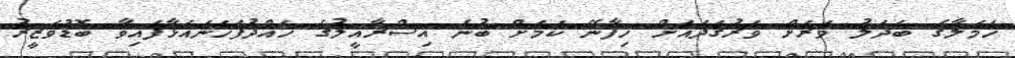
ހަމަލާގެ ބަދަލު ވަރަށް ވަރުގަދައަށް ހިފާނޭ ކަމަށް ބުނެ އިސްރާއީލުގެ ހައްދުފަހަނައަޅާފައިވާ ބޮޑުވަޒީރު